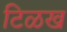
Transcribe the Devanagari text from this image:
टिळख